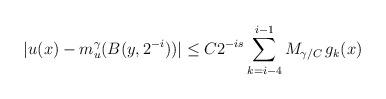
LaTeX: \begin{align*}|u(x)-m_u^\gamma(B(y,2^{-i}))|\le C2^{-is}\sum_{k=i-4}^{i-1}M_{\gamma/C}\,{g_k}(x)\end{align*}